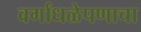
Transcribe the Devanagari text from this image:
वर्गांधळेपणाचा